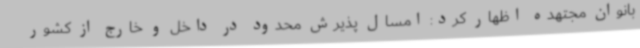
بانوان مجتهده اظهار کرد: امسال پذیرش محدود در داخل و خارج از کشور